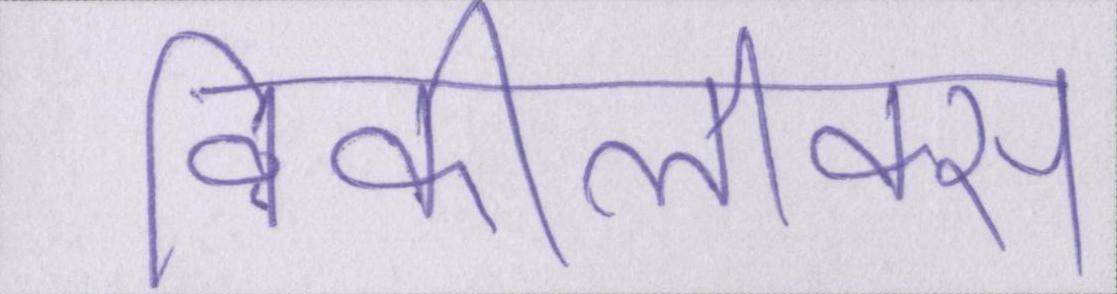
विकीलीक्स